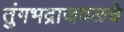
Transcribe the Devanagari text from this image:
तुंगभद्राजवळचे